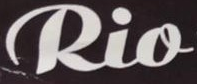
Rio